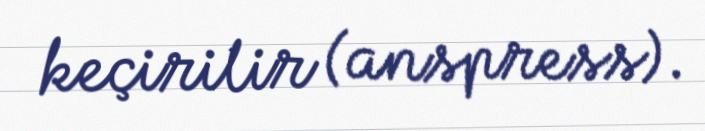
keçirilir (anspress).